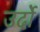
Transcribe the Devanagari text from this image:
उर्दो